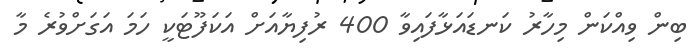
ބިން ވިއްކަން މިހާރު ކަނޑައަޅާފައިވާ 400 ރުފިޔާއަށް އަކަފޫޓަކީ ހަމަ އަގަށްވުރެ މާ